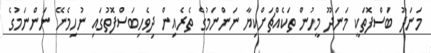
މަނަދޫ ބަސްފޮތަކީ މަނަދޫ މީހުން ތަކެއްޗަށްކިޔާ ނަންނަމުގެ ތެރެއިން ދިވެހިބަސްފޮތުގައި ނުހިމެނޭ ނަންނަމުގެ